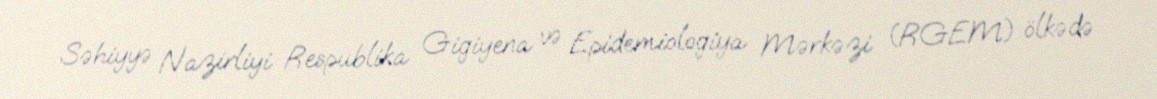
Səhiyyə Nazirliyi Respublika Gigiyena və Epidemiologiya Mərkəzi (RGEM) ölkədə